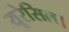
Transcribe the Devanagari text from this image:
यूरेसिल।